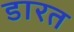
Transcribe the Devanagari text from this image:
डारत